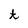
Character: t